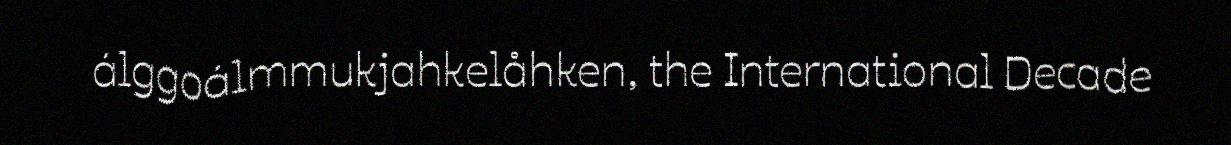
álggoálmmukjahkelåhken, the International Decade